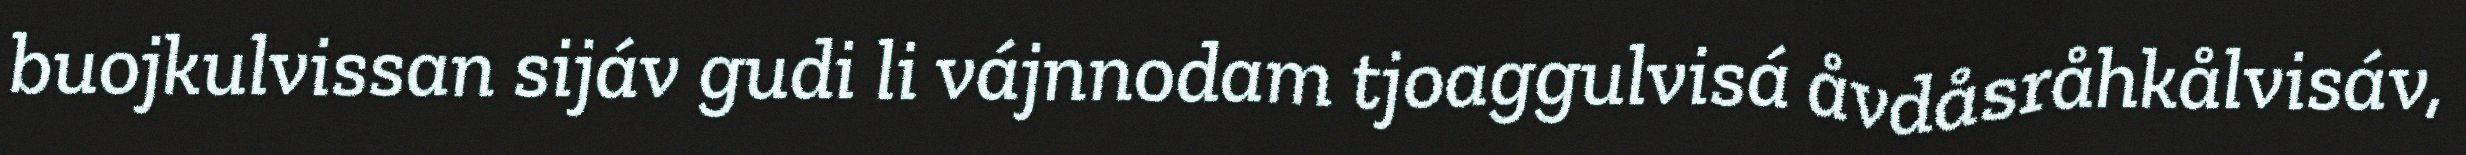
buojkulvissan sijáv gudi li vájnnodam tjoaggulvisá åvdåsråhkålvisáv,